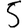
Digit: 5